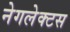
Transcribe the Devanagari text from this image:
नेगलेक्टस